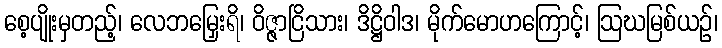
စေ့ပျိုးမှတည့်၊ လေဘမြှေးရိ၊ ဝိဇ္ဇာငြိသား၊ ဒိဋ္ဌိဝါဒ၊ မိုက်မောဟကြောင့်၊ ဩဃမြစ်ယဉ်၊